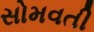
સોમવતી